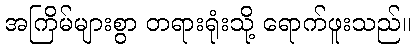
အကြိမ်များစွာ တရားရုံးသို့ ရောက်ဖူးသည်။